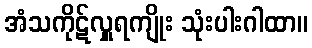
အံသကိုဋ်လှူရကျိုး သုံးပါးဂါထာ။